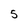
Character: 5